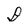
Character: D